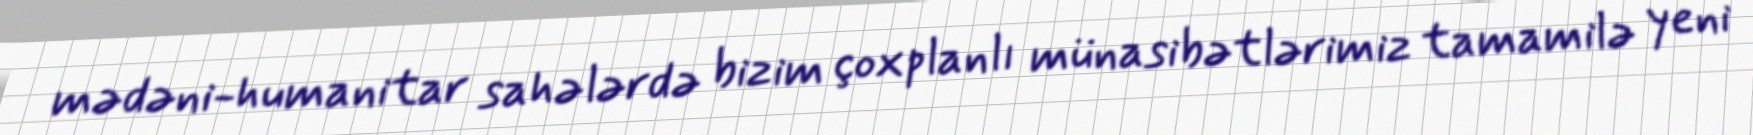
mədəni-humanitar sahələrdə bizim çoxplanlı münasibətlərimiz tamamilə yeni